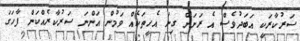
ސަރުކާރަކީ އަބަދުވެސް އެ ރަށަށް ގިނަ އެހީތަކެއް ވަމުން އަންނަ ސަރުކާރެއްކަން ފާހަގަ